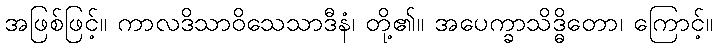
အဖြစ်ဖြင့်။ ကာလဒိသာဝိသေသာဒီနံ၊ တို့၏။ အပေက္ခာသိဒ္ဓိတော၊ ကြောင့်။